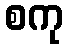
စကု